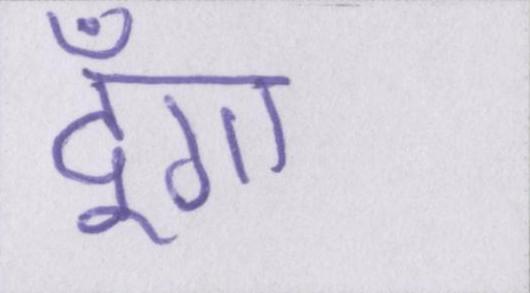
दूँगा